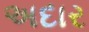
અદાર